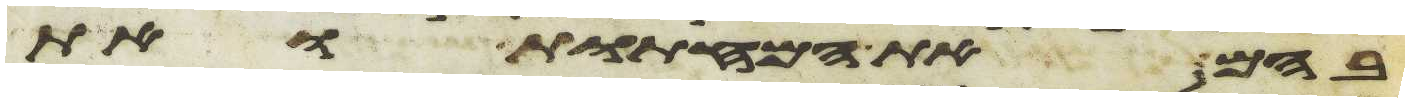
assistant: בהם את המחתות ואת